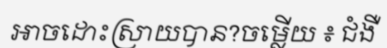
អាចដោះស្រាយបាន?ចម្លើយ ៖ ជំងឺ